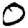
Digit: 0